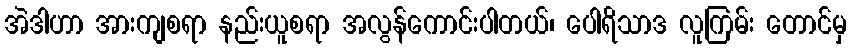
အဲဒါဟာ အားကျစရာ နည်းယူစရာ အလွန်ကောင်းပါတယ်၊ ပေါရိသာဒ လူကြမ်း တောင်မှ